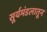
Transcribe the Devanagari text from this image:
सूर्यमंडलातून